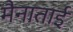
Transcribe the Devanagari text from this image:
मैनाताई